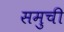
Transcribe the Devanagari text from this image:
समुची